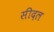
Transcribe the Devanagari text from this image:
सीदल